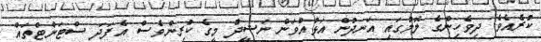
ކުރެއެވެ. ދިވެހިންގެ ލޮލުގައި އަނދުން އަޅުއްވަން ނަޝީދު މީގެ ކުރިންވެސް އެފަދަ ސްޓަންޓްތައް